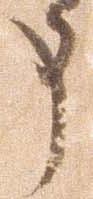
申